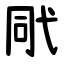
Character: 㢥